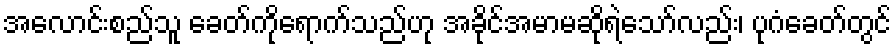
အလောင်းစည်သူ ခေတ်ကိုရောက်သည်ဟု အခိုင်အမာမဆိုရဲသော်လည်း၊ ပုဂံခေတ်တွင်